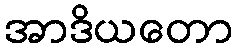
အာဒိယတော